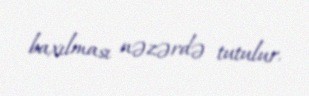
baxılması nəzərdə tutulur.